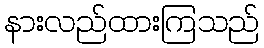
နားလည်ထားကြသည်